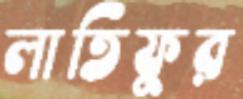
লাতিফুর